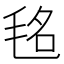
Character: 𣭨